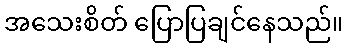
အသေးစိတ် ပြောပြချင်နေသည်။